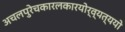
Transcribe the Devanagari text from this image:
अचलपुरेचकारलकारयोर्व्यत्ययो